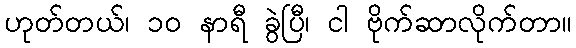
ဟုတ်တယ်၊ ၁၀ နာရီ ခွဲပြီ၊ ငါ ဗိုက်ဆာလိုက်တာ။